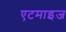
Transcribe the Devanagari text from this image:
एटमाइज